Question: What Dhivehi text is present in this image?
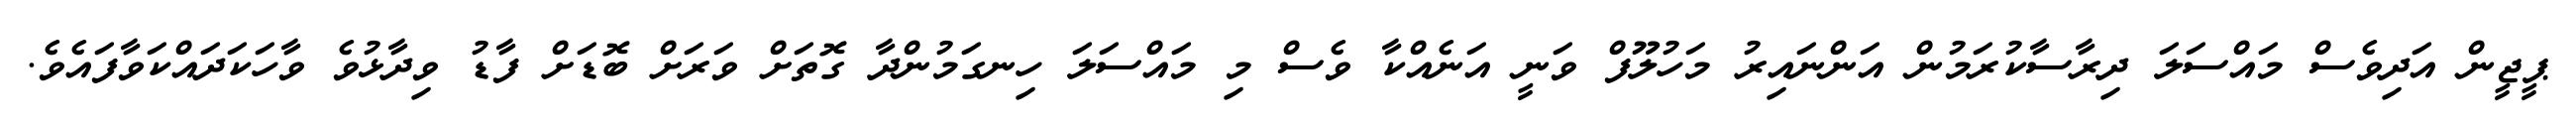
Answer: ޕީޖީން އަދިވެސް މައްސަލަ ދިރާސާކުރަމުން އަންނައިރު މަހުލޫފް ވަނީ އަނެއްކާ ވެސް މި މައްސަލަ ހިނގަމުންދާ ގޮތަށް ވަރަށް ބޮޑަށް ފާޑު ވިދާޅުވެ ވާހަކަދައްކަވާފައެވެ.